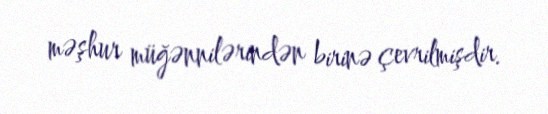
məşhur müğənnilərindən birinə çevrilmişdir.